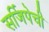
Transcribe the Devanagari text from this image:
सर्जिपेची